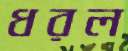
ধরল